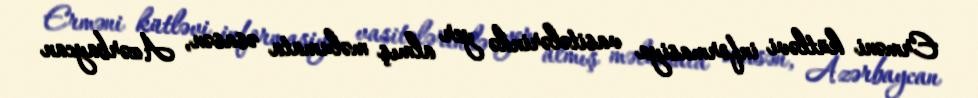
Erməni kütləvi informasiya vasitələrində yer almış məlumata əsasən, Azərbaycan